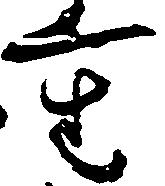
重